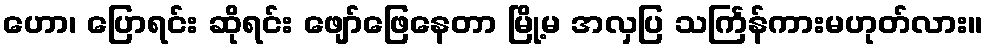
ဟော၊ ပြောရင်း ဆိုရင်း ဖျော်ဖြေနေတာ မြို့မ အလှပြ သင်္ကြန်ကားမဟုတ်လား။